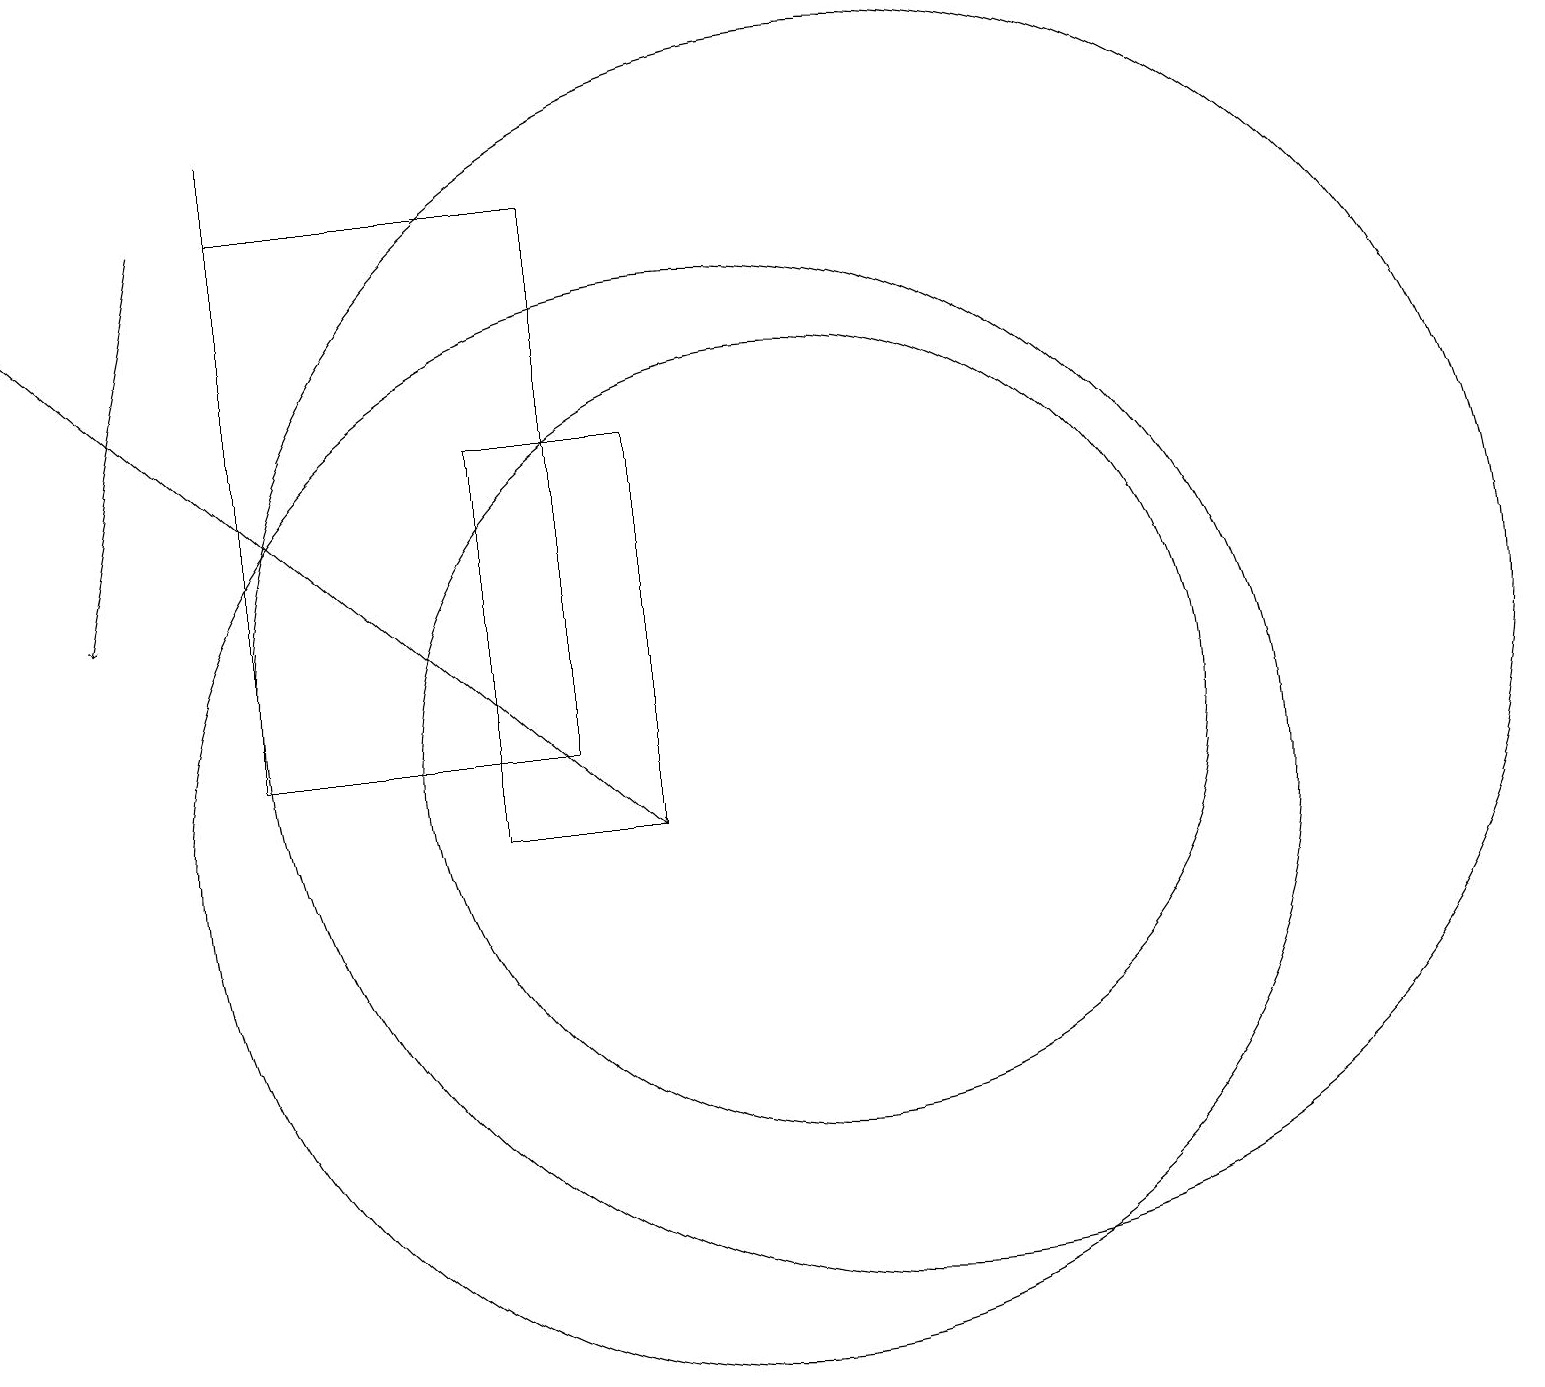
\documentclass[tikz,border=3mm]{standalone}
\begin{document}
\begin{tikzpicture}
\draw (10,10) circle (7);
\draw (4,18) rectangle (8,11);
\draw (4,12) rectangle (4,19);
\draw (11,11) circle (5);
\draw (7,15) rectangle (9,10);
\draw[->] (3,18) -- (2,13);
\draw[->] (1,17) -- (9,10);
\draw (12,12) circle (8);
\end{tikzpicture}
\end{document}